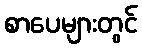
စာပေများတွင်